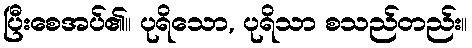
ပြီးစေအပ်၏။ ပုရိသော, ပုရိသာ စသည်တည်း။